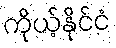
ကိုယ့်နိုင်ငံ